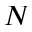
N